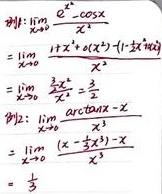
例1:
\[\begin{align*}
\lim_{x \to 0}\frac{e^{x}-\cos x}{x^{2}}&=\lim_{x \to 0}\frac{1 + x+\frac{1}{2}x^{2}+o(x^{2})-(1-\frac{1}{2}x^{2}+o(x^{2}))}{x^{2}}\\
&=\lim_{x \to 0}\frac{\frac{3}{2}x^{2}+o(x^{2})}{x^{2}}=\frac{3}{2}
\end{align*}\]
例2:
\[\begin{align*}
\lim_{x \to 0}\frac{\arctan x - x}{x^{3}}&=\lim_{x \to 0}\frac{(x-\frac{1}{3}x^{3})-x}{x^{3}}\\
&=-\frac{1}{3}
\end{align*}\]